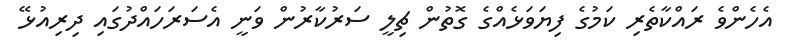
އެހެންވެ ރައްކާތެރި ކަމުގެ ފިޔަވަޅެއްގެ ގޮތުން ޗިލީ ސަރުކާރުން ވަނީ އެސަރަހައްދުގައި ދިރިއުޅޭ